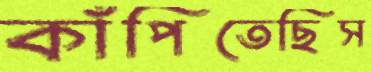
কাঁপিতেছিস